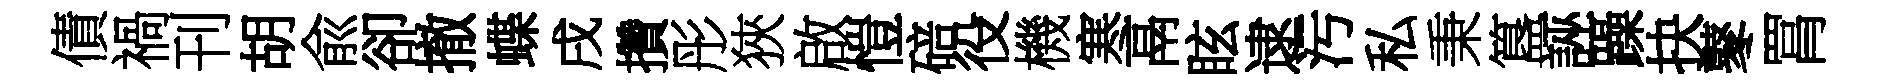
債禍刊胡兪卻撤蝶戌攢彤狹啟愷碚役機寒鬲眩逮污私秉簋誣躁抉鼕罥